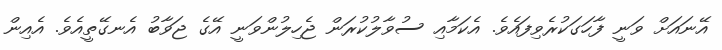
އޭނައަށް ވަނީ ފާހަގަކުރެވިފައެވެ. އެކަމާއި ސުވާލުކުރަން ޖެހިލުންވަނީ އޭގެ ޖަވާބު އެނގޭތީއެވެ. އެއިން